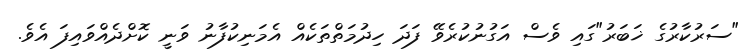
"ސަރުކާރުގެ ޚަބަރު"ގައި ވެސް އަގުނުކުރެވޭ ފަދަ ހިދުމަތްތަކެއް އެމަނިކުފާނު ވަނީ ކޮށްދެއްވައިފަ އެވެ.